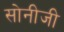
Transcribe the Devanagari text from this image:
सोनीजी